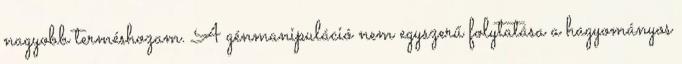
nagyobb terméshozam. A génmanipuláció nem egyszerű folytatása a hagyományos